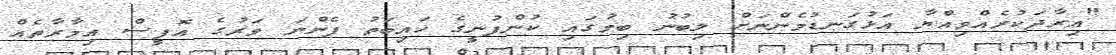
"އިރާދަކުރެއްވިއްޔާ އަޅުގަނޑުމެންނަށް ލިބުނު ބިމުގައި ކުންފުނީގެ ހައިބަތު ފެންނަ ވަރުގެ އޮފީސް އިމާރާތެއް